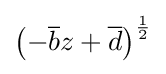
\left(-{\overline {b}}z+{\overline {d}}\right)^{1 \over 2}